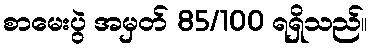
စာမေးပွဲ အမှတ် 85/100 ရရှိသည်။